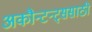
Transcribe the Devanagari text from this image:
अकौन्टन्ट्‌ससाठी